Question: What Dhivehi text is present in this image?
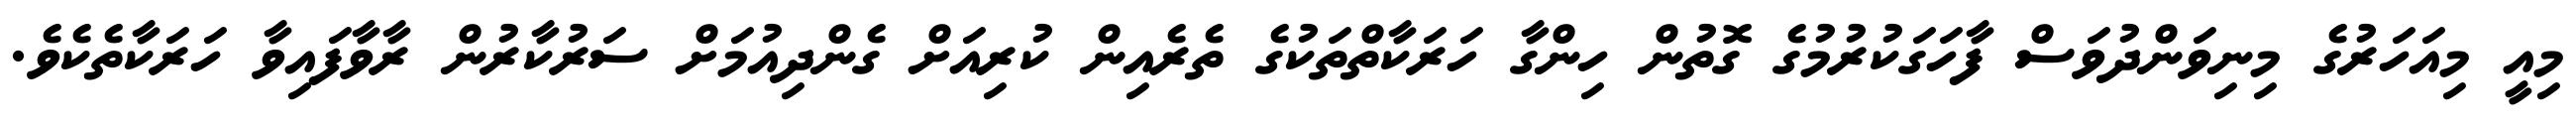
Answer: މިއީ މިއަހަރުގެ މިނިވަންދުވަސް ފާހަގަކުރުމުގެ ގޮތުން ހިންގާ ހަރަކާތްތަކުގެ ތެރެއިން ކުރިއަށް ގެންދިއުމަށް ސަރުކާރުން ރާވާފައިވާ ހަރަކާތެކެވެ.